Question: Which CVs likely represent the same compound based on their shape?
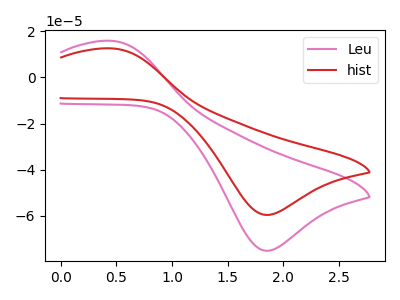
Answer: <think>The pink curve "Leu" has an anodic peak at (0.45V, 15.85uA) and a cathodic peak at (1.85V, -75.05uA). The red curve "hist" has an anodic peak at (0.45V, 12.55uA) and a cathodic peak at (1.85V, -59.55uA).
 All the peaks in "Leu" have a peak in "hist" at the same potential. Every peak in "Leu" is higher than every peak in "hist".</think>
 <answer>"Leu" and "hist" have the same shape and are likely CV's of the same chemical.</answer>
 <eval>"Leu" "hist"</eval>